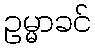
ဥမ္မာခင်